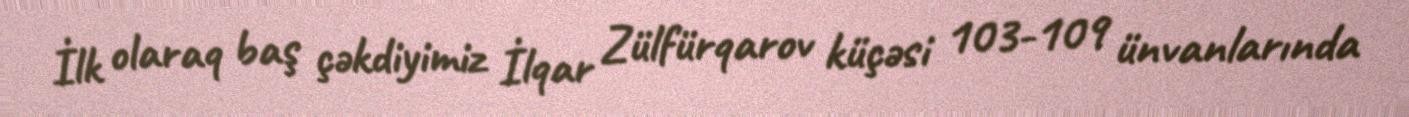
İlk olaraq baş çəkdiyimiz İlqar Zülfürqarov küçəsi 103-109 ünvanlarında